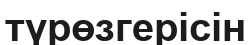
түрөзгерісін